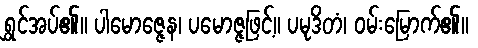
ရွှင်အပ်၏။ ပါမောဇ္ဇေန၊ ပမောဇ္ဇဖြင့်။ ပမုဒိတံ၊ ဝမ်းမြောက်၏။